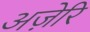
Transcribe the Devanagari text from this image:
अज़ेरि